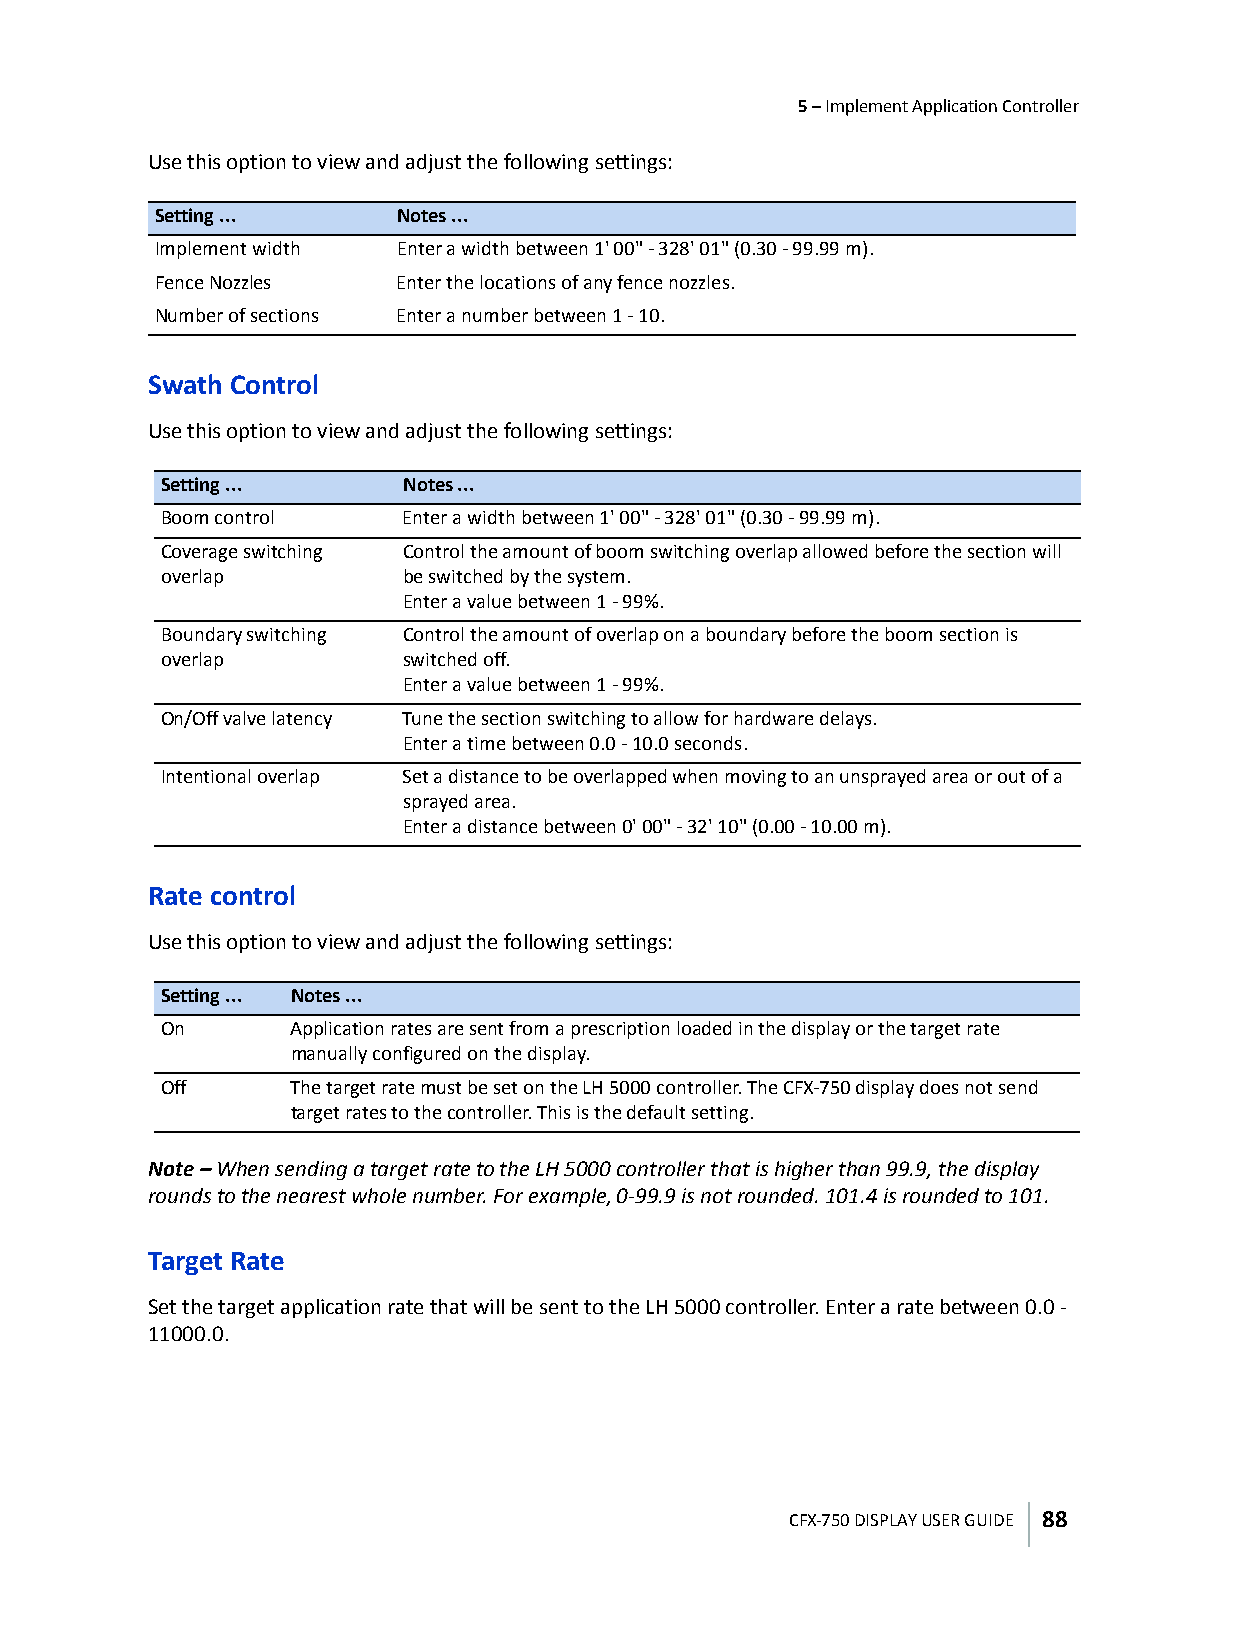
5 – Implement Application Controller
 Use this option to view and adjust the following settings:
 Setting ...     Notes ...
 Implement width Enter a width between 1' 00" - 328' 01" (0.30 - 99.99 m).
 Fence Nozzles   Enter the locations of any fence nozzles.
 Number of sections Enter a number between 1 - 10.
 Swath Control
 Use this option to view and adjust the following settings:
 Setting ...     Notes ...
 Boom control    Enter a width between 1' 00" - 328' 01" (0.30 - 99.99 m).
 Coverage switching Control the amount of boom switching overlap allowed before the section will
 overlap         be switched by the system.
 Enter a value between 1 - 99%.
 Boundary switching Control the amount of overlap on a boundary before the boom section is
 overlap         switched off.
 Enter a value between 1 - 99%.
 On/Off valve latency Tune the section switching to allow for hardware delays.
 Enter a time between 0.0 - 10.0 seconds.
 Intentional overlap Set a distance to be overlapped when moving to an unsprayed area or out of a
 sprayed area.
 Enter a distance between 0' 00" - 32' 10" (0.00 - 10.00 m).
 Rate control
 Use this option to view and adjust the following settings:
 Setting ... Notes ...
 On      Application rates are sent from a prescription loaded in the display or the target rate
 manually configured on the display.
 Off     The target rate must be set on the LH 5000 controller. The CFX-750 display does not send
 target rates to the controller. This is the default setting.
 Note – When sending a target rate to the LH 5000 controller that is higher than 99.9, the display
 rounds to the nearest whole number. For example, 0-99.9 is not rounded. 101.4 is rounded to 101.
 Target Rate
 Set the target application rate that will be sent to the LH 5000 controller. Enter a rate between 0.0 -
 11000.0.
 CFX-750 DISPLAY USER GUIDE 88